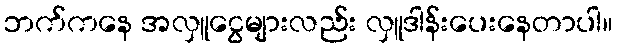
ဘက်ကနေ အလှူငွေများလည်း လှူဒါန်းပေးနေတာပါ။